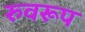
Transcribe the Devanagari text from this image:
रुवरूप